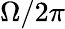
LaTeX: \Omega/2\pi